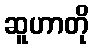
ဆူဟာတို